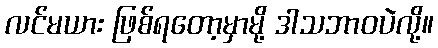
လင်မယား ဖြစ်ရတော့မှာမို့ ဒါသဘာဝပဲလို့။